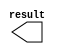
module adddr (
	result);

	output	[10:0]  result;

endmodule